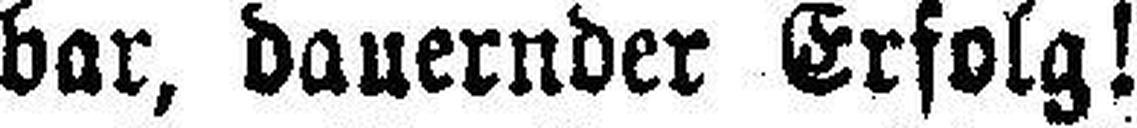
bar, dauernder Erfolg!